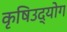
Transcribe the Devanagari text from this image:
कृषिउद्योग